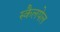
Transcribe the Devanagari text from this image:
स्कैलपेल